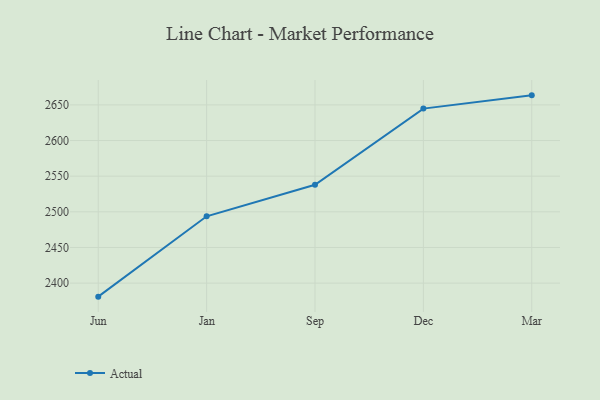
{"axis": {"x": "Month", "y": "Demand Index"}, "legend": ["Actual"], "data": [{"x": "Jun", "y": 2381.0, "type": "Actual"}, {"x": "Jan", "y": 2493.7, "type": "Actual"}, {"x": "Sep", "y": 2538.0, "type": "Actual"}, {"x": "Dec", "y": 2644.8, "type": "Actual"}, {"x": "Mar", "y": 2663.4, "type": "Actual"}]}